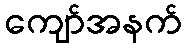
ကျော်အနက်